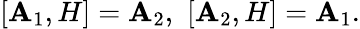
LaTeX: [\mathbf{A}_{1},H]=\mathbf{A}_{2},\thinspace\thinspace[\mathbf{A}_{2},H]=\mathbf{A}_{1}.